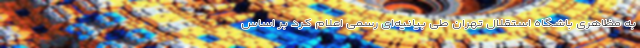
به مظاهری باشگاه استقلال تهران طی بیانیه‌ای رسمی اعلام کرد بر اساس